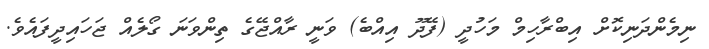
ނިމެންދަނިކޮށް އިބްރާހިމް މަހުދީ (ފޭދޫ އިއްބެ) ވަނީ ރާއްޖޭގެ ތިންވަނަ ގޯލެއް ޖަހައިދީފައެވެ.